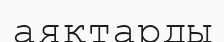
аяқтарды